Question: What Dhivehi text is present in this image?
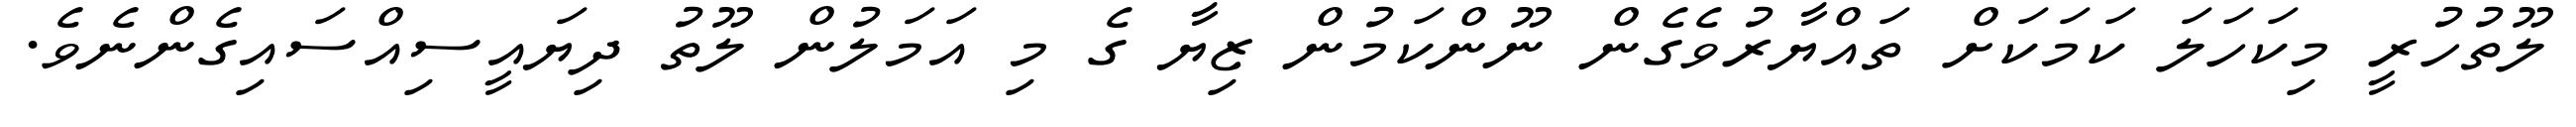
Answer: ލޫތުހުރީ މިކަހަލަ ކަމަކަށް ތައްޔާރުވެގެން ނޫންކަމުން ޒިޔާ ގެ މި އަމަލުން ލޫތު ދިޔައީސިއްސައިގެންނެވެ.